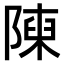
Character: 𨻰